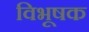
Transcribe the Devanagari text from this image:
विभूषक